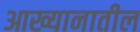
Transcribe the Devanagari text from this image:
आख्यानातील